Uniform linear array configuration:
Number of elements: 4
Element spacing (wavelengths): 0.25
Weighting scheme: binomial
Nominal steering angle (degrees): -60
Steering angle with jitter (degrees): -60.918
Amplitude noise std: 0.05
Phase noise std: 0.05

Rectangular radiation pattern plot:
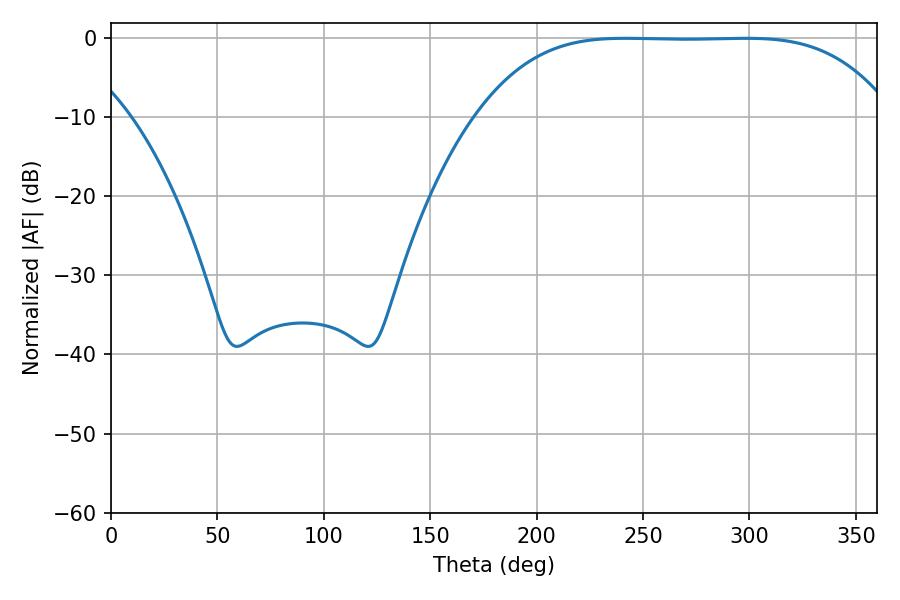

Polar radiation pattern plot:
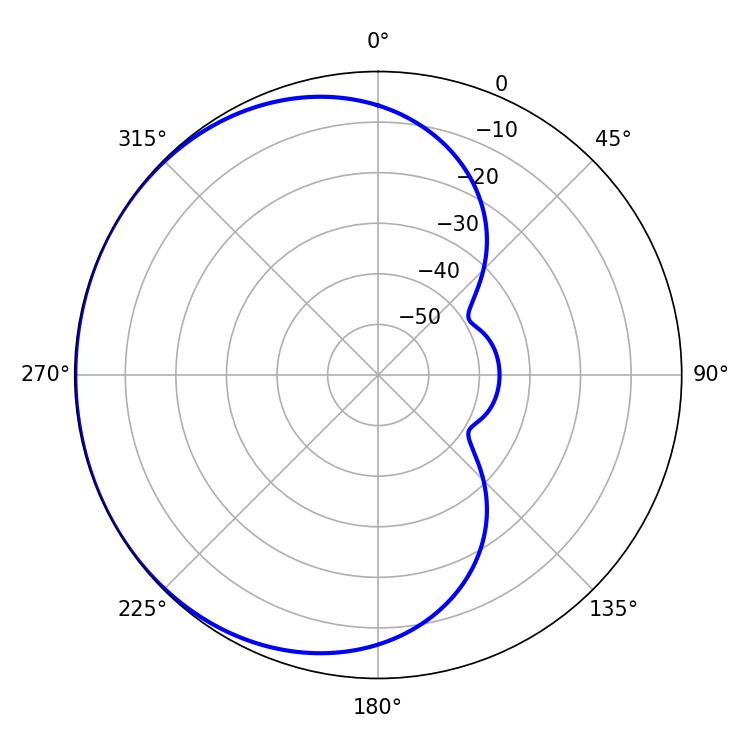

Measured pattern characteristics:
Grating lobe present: FALSE
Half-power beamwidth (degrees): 147.96
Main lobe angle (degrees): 241.74